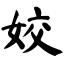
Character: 姣